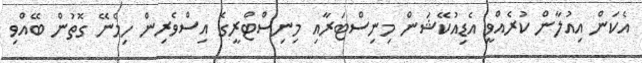
އެކަން އިއުލާން ކުރެއްވީ އެޑިއުކޭޝަން މިނިސްޓަރާއި މިނިސްޓްރީގެ އިސްވެރިން ހިމެނޭ ގޮތުން ބޭއްވި